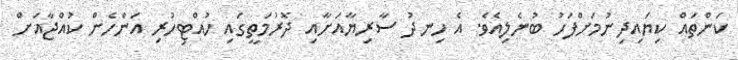
ކަންތައް ކިޔައިދިނުމަށްފަހު ބުނެލިއެވެ. އެ ހިނދު ސާރިޔާއަށާއި ދޮރުމަތީގައި ހުއްޓިހުރި އަންހެން ކުއްޖާއަށް